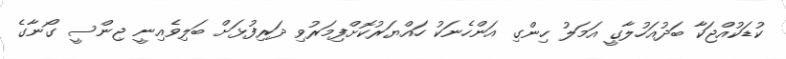
ކުޑަކުއްޖަކާ ބަދުއަހުލާގީ އަމަލު ހިންގި އަންހެނަކު ހައްޔަރުކޮށްފިމަރުވި ދަރިފުޅަށް ބަލިވެއިނީ ޖިންސީ ގޯނާގެ